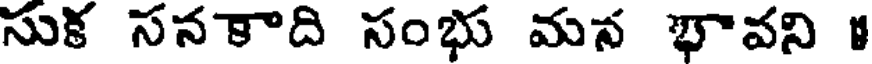
సుక సనకాది సంభు మన భావని 1